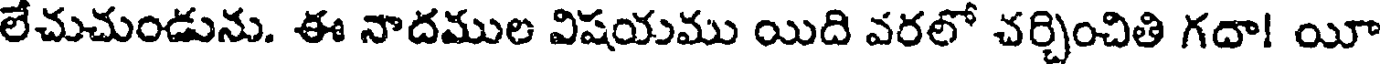
లేచుచుండును. ఈ నాదముల విషయము యిది వరలో చర్చించితి గదా! యీ